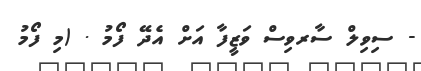
- ސިވިލް ސާރވިސް ވަޒީފާ އަށް އެދޭ ފޯމު . (މި ފޯމު